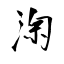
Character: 淗